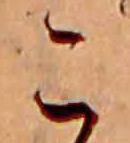
こ